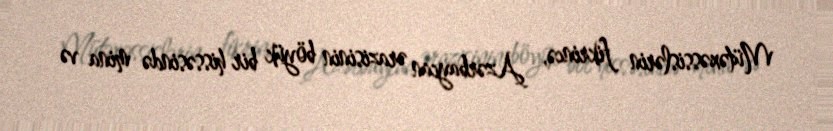
Mütəxəssislərin fikrincə, Azərbaycan ərazisinin böyük bir hissəsində mina və